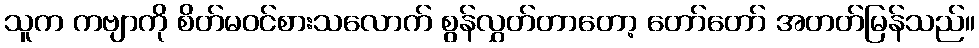
သူက ကဗျာကို စိတ်မဝင်စားသလောက် စွန်လွှတ်တာတော့ တော်တော် အတတ်မြန်သည်။